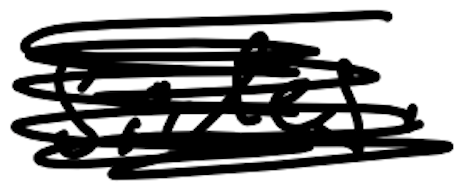
Text: sides.
Cross-out: mix
Writing tool: digital_black